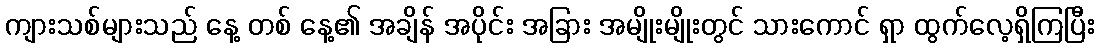
ကျားသစ်များသည် နေ့ တစ် နေ့၏ အချိန် အပိုင်း အခြား အမျိုးမျိုးတွင် သားကောင် ရှာ ထွက်လေ့ရှိကြပြီး